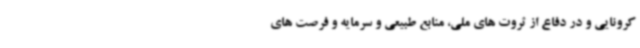
کرونایی و در دفاع از ثروت های ملی، منابع طبیعی و سرمایه و فرصت های